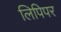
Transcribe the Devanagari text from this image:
लिपिपर